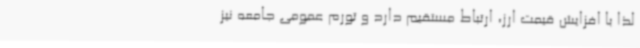
لذا با افزایش قیمت ارز، ارتباط مستقیم دارد و تورم عمومی جامعه نیز